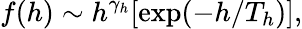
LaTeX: f(h)\sim h^{\gamma_{h}}[\mathrm{exp}(-h/T_{h})],